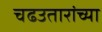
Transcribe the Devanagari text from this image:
चढउतारांच्या